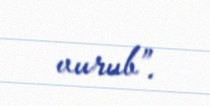
vurub”.